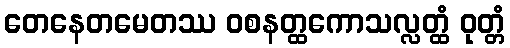
တေနေတမေတဿ ဝစနတ္ထကောသလ္လတ္ထံ ဝုတ္တံ